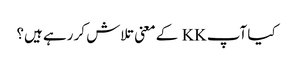
کیا آپ KK کے معنی تلاش کر رہے ہیں؟